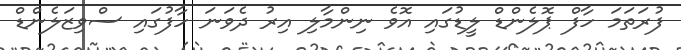
ފުރަތަމަ ހާފް ޕޮލެންޑް ލީޑުގައި އޮވެ ނިންމާލި އިރު ދެވަނަ ހާފުގައި ސްވިޒަލެންޑް